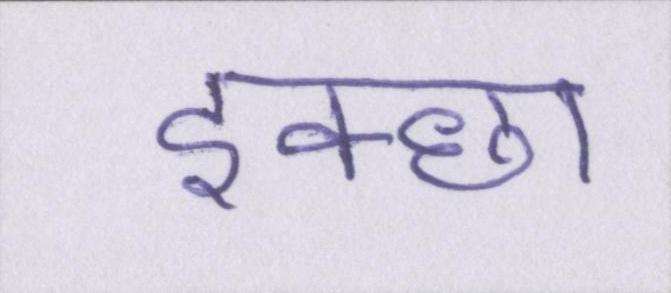
इक्छा